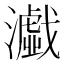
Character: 𤂴